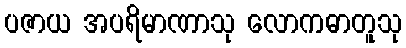
ပဇာယ အပရိမာဏာသု လောကဓာတူသု